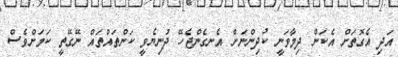
އަދި އެގޮތަށް އެކަން ދިމާވަނީ ކުދިންނަށް އެނގެންޖެހޭ ދުނިޔެވީ ކަންތައްތައް ނޭގޭތީ ކަމަށްވެސް